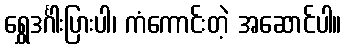
ရွှေဒင်္ဂါးပြားပါ၊ ကံကောင်းတဲ့ အဆောင်ပါ။